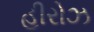
હીરોઝ